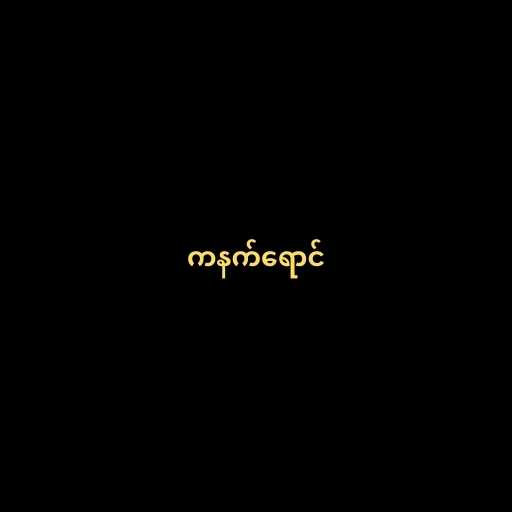
ကနက်ရောင်